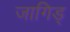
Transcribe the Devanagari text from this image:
जागिड्